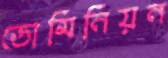
ডোমিনিয়ন